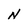
Character: N